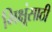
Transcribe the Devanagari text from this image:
भिक्षूंसाठी